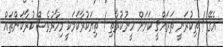
އެގޭ ! ތިކުރަނީ ތަރައްޤީ ކަމަށް ހީނުކުރާތި ! ތިޔަކުރާކަމަކީ މިހާރުވެސް ކުރާކަންތައް